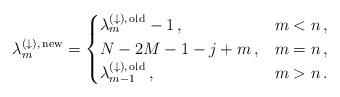
LaTeX: \begin{align*}\lambda^{(\downarrow),\,\mathrm{new}}_m = \begin{cases}\lambda^{(\downarrow),\,\mathrm{old}}_m -1\, , & m<n \, , \\N-2M-1-j+m \, , & m=n \, , \\\lambda^{(\downarrow),\,\mathrm{old}}_{m-1} \, , & m> n \, .\end{cases}\end{align*}